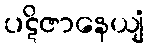
ပဋိဇာနေယျံ